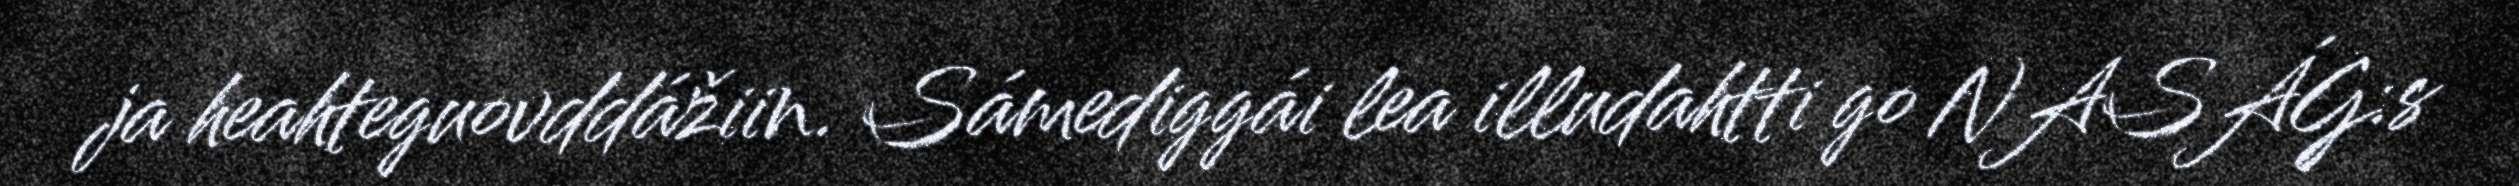
ja heahteguovddážiin. Sámediggái lea illudahtti go NASÁG:s